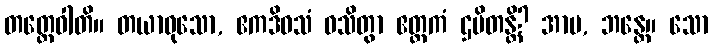
တတ္ထေဝါတိ။ တယာဝုသော, ဧကဒိဝသံ ဝသိတွာ ဧတ္တကံ ဌပိတန္တိ? အာမ, ဘန္တေ။ သော